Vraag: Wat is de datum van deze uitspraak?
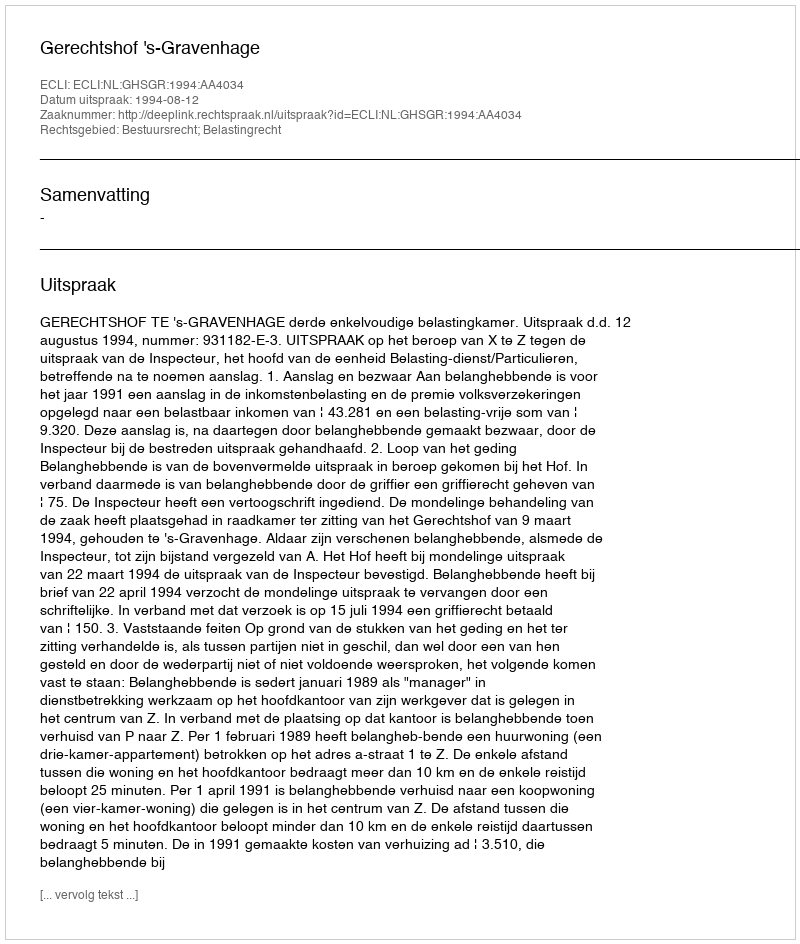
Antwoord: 1994-08-12